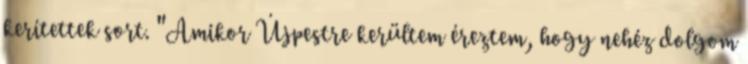
kerítettek sort. "Amikor Újpestre kerültem éreztem, hogy nehéz dolgom